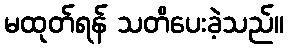
မထုတ်ရန် သတိပေးခဲ့သည်။